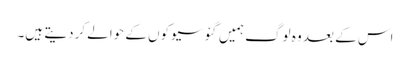
اس کے بعد وہ لوگ ہمیں گئو سیوکوں کے حوالے کردیتے ہیں۔